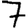
Digit: 7